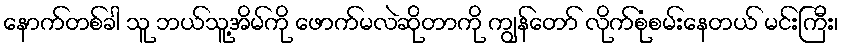
နောက်တစ်ခါ သူ ဘယ်သူ့အိမ်ကို ဖောက်မလဲဆိုတာကို ကျွန်တော် လိုက်စုံစမ်းနေတယ် မင်းကြီး၊